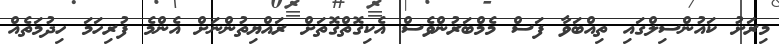
މިރަށު ކައުންސިލްގައި ތިއްބަވާ ފަސް މެމްބަރުންވެސް އެކިގޮތްގޮތަށް ރައްޔިތުންނަށް އެންމެ ފުރިހަމަ ހިދުމަތެއް